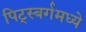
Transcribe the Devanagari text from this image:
पिट्स्बर्गमध्ये